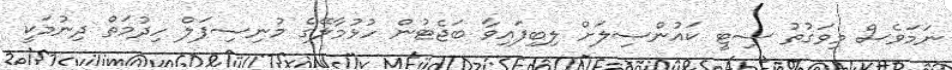
ނަމަވެސް މިވަގުތު ސިޓީ ކައުންސިލަށް ލިބިފައިވާ ބަޖެޓުން ހުޅުމާލޭގެ މުނިސިޕަލް ހިދުމަތް ދިނުމަކީ